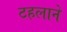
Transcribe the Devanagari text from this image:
टहलाने